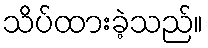
သိပ်ထားခဲ့သည်။